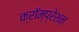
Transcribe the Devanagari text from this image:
क्रॉम्प्रेशन